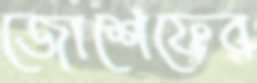
জোশেফের